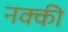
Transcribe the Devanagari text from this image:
नक्‍की